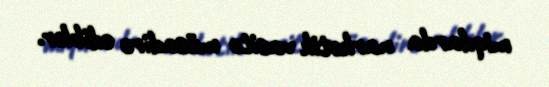
miqdarda narkotik vasitə müsadirə ediblər.